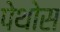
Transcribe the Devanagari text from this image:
पेथोस